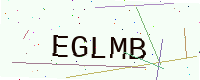
Text: EGLMB